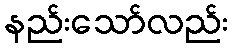
နည်းသော်လည်း